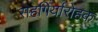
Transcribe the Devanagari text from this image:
सहगिर्यारोहक